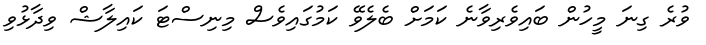
ވުރެ ގިނަ މީހުން ބައިވެރިވާނެ ކަމަށް ބެލެވޭ ކަމުގައިވެސް މިނިސްޓަ ކައިލާޝް ވިދާޅުވި